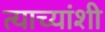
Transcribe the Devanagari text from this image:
त्याच्यांशी